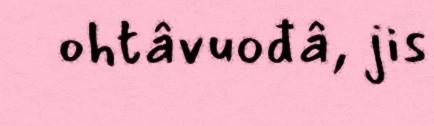
ohtâvuođâ, jis